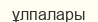
ұлпалары